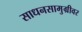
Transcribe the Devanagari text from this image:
साधनसामुग्रीवर